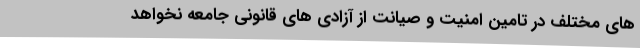
های مختلف در تامین امنیت و صیانت از آزادی های قانونی جامعه نخواهد